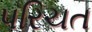
પરિચત